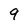
Character: 9